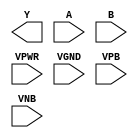
module sky130_fd_sc_ms__nand2 (
    Y   ,
    A   ,
    B   ,
    VPWR,
    VGND,
    VPB ,
    VNB
);

    output Y   ;
    input  A   ;
    input  B   ;
    input  VPWR;
    input  VGND;
    input  VPB ;
    input  VNB ;
endmodule